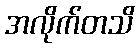
အလိုက်တသိ